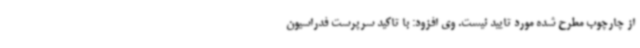
از چارچوب مطرح شده مورد تایید نیست. وی افزود: با تاکید سرپرست فدراسیون